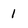
Character: 1